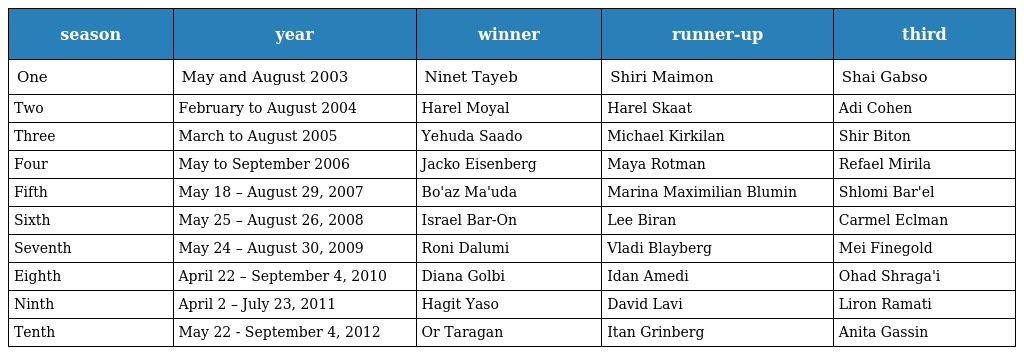
| season | year | winner | runner-up | third |
 | --- | --- | --- | --- | --- |
 | One | May and August 2003 | Ninet Tayeb | Shiri Maimon | Shai Gabso |
 | Two | February to August 2004 | Harel Moyal | Harel Skaat | Adi Cohen |
 | Three | March to August 2005 | Yehuda Saado | Michael Kirkilan | Shir Biton |
 | Four | May to September 2006 | Jacko Eisenberg | Maya Rotman | Refael Mirila |
 | Fifth | May 18 – August 29, 2007 | Bo'az Ma'uda | Marina Maximilian Blumin | Shlomi Bar'el |
 | Sixth | May 25 – August 26, 2008 | Israel Bar-On | Lee Biran | Carmel Eclman |
 | Seventh | May 24 – August 30, 2009 | Roni Dalumi | Vladi Blayberg | Mei Finegold |
 | Eighth | April 22 – September 4, 2010 | Diana Golbi | Idan Amedi | Ohad Shraga'i |
 | Ninth | April 2 – July 23, 2011 | Hagit Yaso | David Lavi | Liron Ramati |
 | Tenth | May 22 - September 4, 2012 | Or Taragan | Itan Grinberg | Anita Gassin |